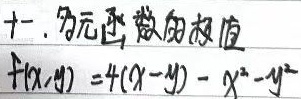
十一. 多元函数的极值
\[
f(x,y)=4(x - y)-x^{2}-y^{2}
\]